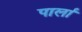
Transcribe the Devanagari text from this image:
पार्ला